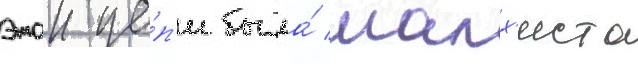
этои це́п'и была́ малх'иста